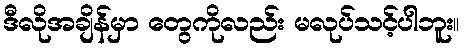
ဒီလိုအချိန်မှာ တွေကိုလည်း မလုပ်သင့်ပါဘူး။